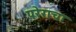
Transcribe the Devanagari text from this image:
परेराचा